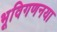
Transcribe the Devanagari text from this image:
भूविगणनया